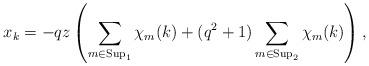
LaTeX: \begin{align*}x_k = -qz \left(\sum_{m\in {\rm Sup}_1}\chi_{m}(k) + (q^2+1)\sum_{m\in {\rm Sup}_2}\chi_{m}(k) \right),\end{align*}